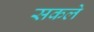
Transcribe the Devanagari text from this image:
सकले